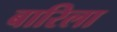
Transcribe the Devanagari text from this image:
बारिला